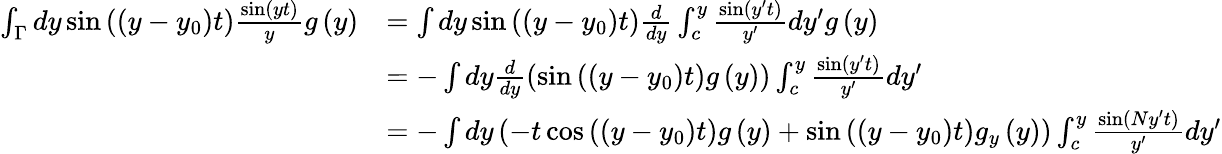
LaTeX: \begin{array}{rl}{\int_{\Gamma}dy\sin\left(\left(y-y_{0}\right)t\right)\frac{\sin\left(yt\right)}{y}g\left(y\right)}&{=\int dy\sin\left(\left(y-y_{0}\right)t\right)\frac{d}{dy}\int_{c}^{y}\frac{\sin\left(y^{\prime}t\right)}{y^{\prime}}dy^{\prime}g\left(y\right)}\\ &{=-\int dy\frac{d}{dy}\left(\sin\left(\left(y-y_{0}\right)t\right)g\left(y\right)\right)\int_{c}^{y}\frac{\sin\left(y^{\prime}t\right)}{y^{\prime}}dy^{\prime}}\\ &{=-\int dy\left(-t\cos\left(\left(y-y_{0}\right)t\right)g\left(y\right)+\sin\left(\left(y-y_{0}\right)t\right)g_{y}\left(y\right)\right)\int_{c}^{y}\frac{\sin\left(Ny^{\prime}t\right)}{y^{\prime}}dy^{\prime}}\end{array}